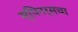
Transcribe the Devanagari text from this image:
स्पिनर्सचा